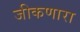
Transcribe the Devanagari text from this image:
जीकणारा